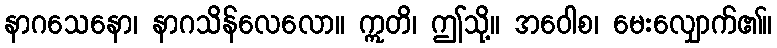
နာဂသေနော၊ နာဂသိန်လေလော။ ဣတိ၊ ဤသို့။ အဝေါစ၊ မေးလျှောက်၏။